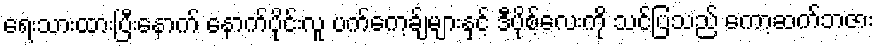
ရေးသားထားပြီးနောက် နောက်ပိုင်းလူ ပက်ကေ့ခ်ျများနှင့် ဒီပိုစ့်လေးကို သင်ပြသည် ကော့ဆက်ဘဇား